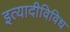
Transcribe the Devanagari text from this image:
इत्यादीविविध